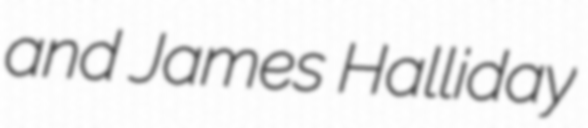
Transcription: and James Halliday